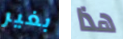
بغير هذا